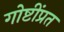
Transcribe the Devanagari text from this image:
गोष्टींप्रत